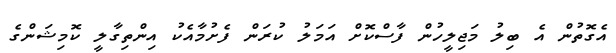
އެގޮތުން އެ ބިލު މަޖިލީހުން ފާސްކޮށް އަމަލު ކުރަން ފެށުމާއެކު އިންތިގާލީ ކޮމިޝަންގެ